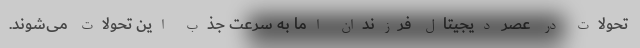
تحولات در عصر دیجیتال فرزندان اما به سرعت جذب این تحولات می‌شوند.